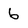
Character: 6